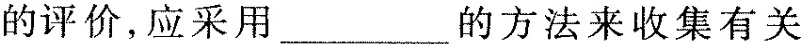
的评价，应采用___的方法来收集有关